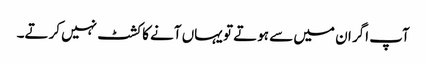
آپ اگر ان میں سے ہوتے تو یہاں آنے کا کشٹ نہیں کرتے۔